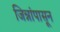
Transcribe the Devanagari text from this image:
जिन्नांपासून